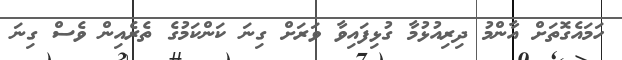
ހަމައެގޮތަށް އާންމު ދިރިއުޅުމާ ގުޅިފައިވާ ވަރަށް ގިނަ ކަންކަމުގެ ތެރެއިން ވެސް ގިނަ